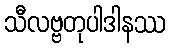
သီလဗ္ဗတုပါဒါနဿ